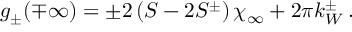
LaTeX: g _ { \pm } ( \mp \infty ) = \pm 2 \left( S - 2 S ^ { \pm } \right) \chi _ { \infty } + 2 \pi k _ { W } ^ { \pm } \: .